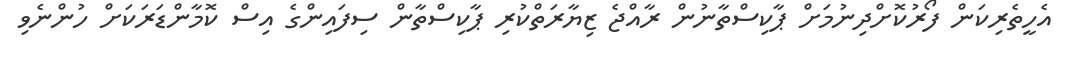
އެހީތެރިކަން ފޯރުކޮށްދިނުމަށް ޕާކިސްތާނުން ރާއްޖެ ޒިޔާރަތްކުރި ޕާކިސްތާން ސިފައިންގެ އިސް ކޮމާންޑަރަކަށް ހުންނެވި